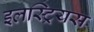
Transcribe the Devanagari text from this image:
इलस्ट्रियस